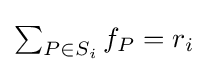
\textstyle \sum _{P\in S_{i}}f_{P}=r_{i}